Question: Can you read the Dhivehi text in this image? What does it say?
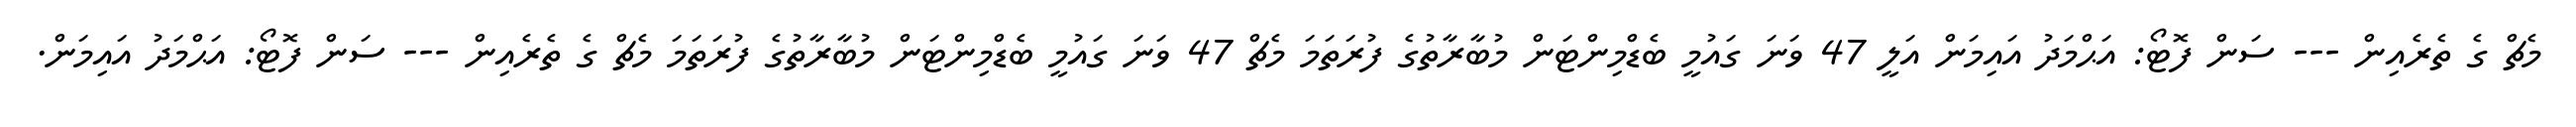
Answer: މެޗް ގެ ތެރެއިން --- ސަން ފޮޓޯ: އަޙްމަދު އައިމަން އަލީ 47 ވަނަ ގައުމީ ބެޑްމިންޓަން މުބާރާތުގެ ފުރަތަމަ މެޗް 47 ވަނަ ގައުމީ ބެޑްމިންޓަން މުބާރާތުގެ ފުރަތަމަ މެޗް ގެ ތެރެއިން --- ސަން ފޮޓޯ: އަޙްމަދު އައިމަން.